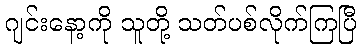
ဂျင်းနော့ကို သူတို့ သတ်ပစ်လိုက်ကြပြီ